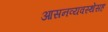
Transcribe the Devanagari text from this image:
आसनव्यवस्थेसह